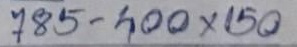
785 - 400 x 150